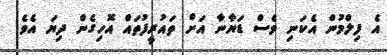
އެ ފިލްމުން އެކަނި ވެސް ޑަޔާނާ އަށް ތައުރީފުތައް އޮހިގެން ދިޔަ އެވެ.